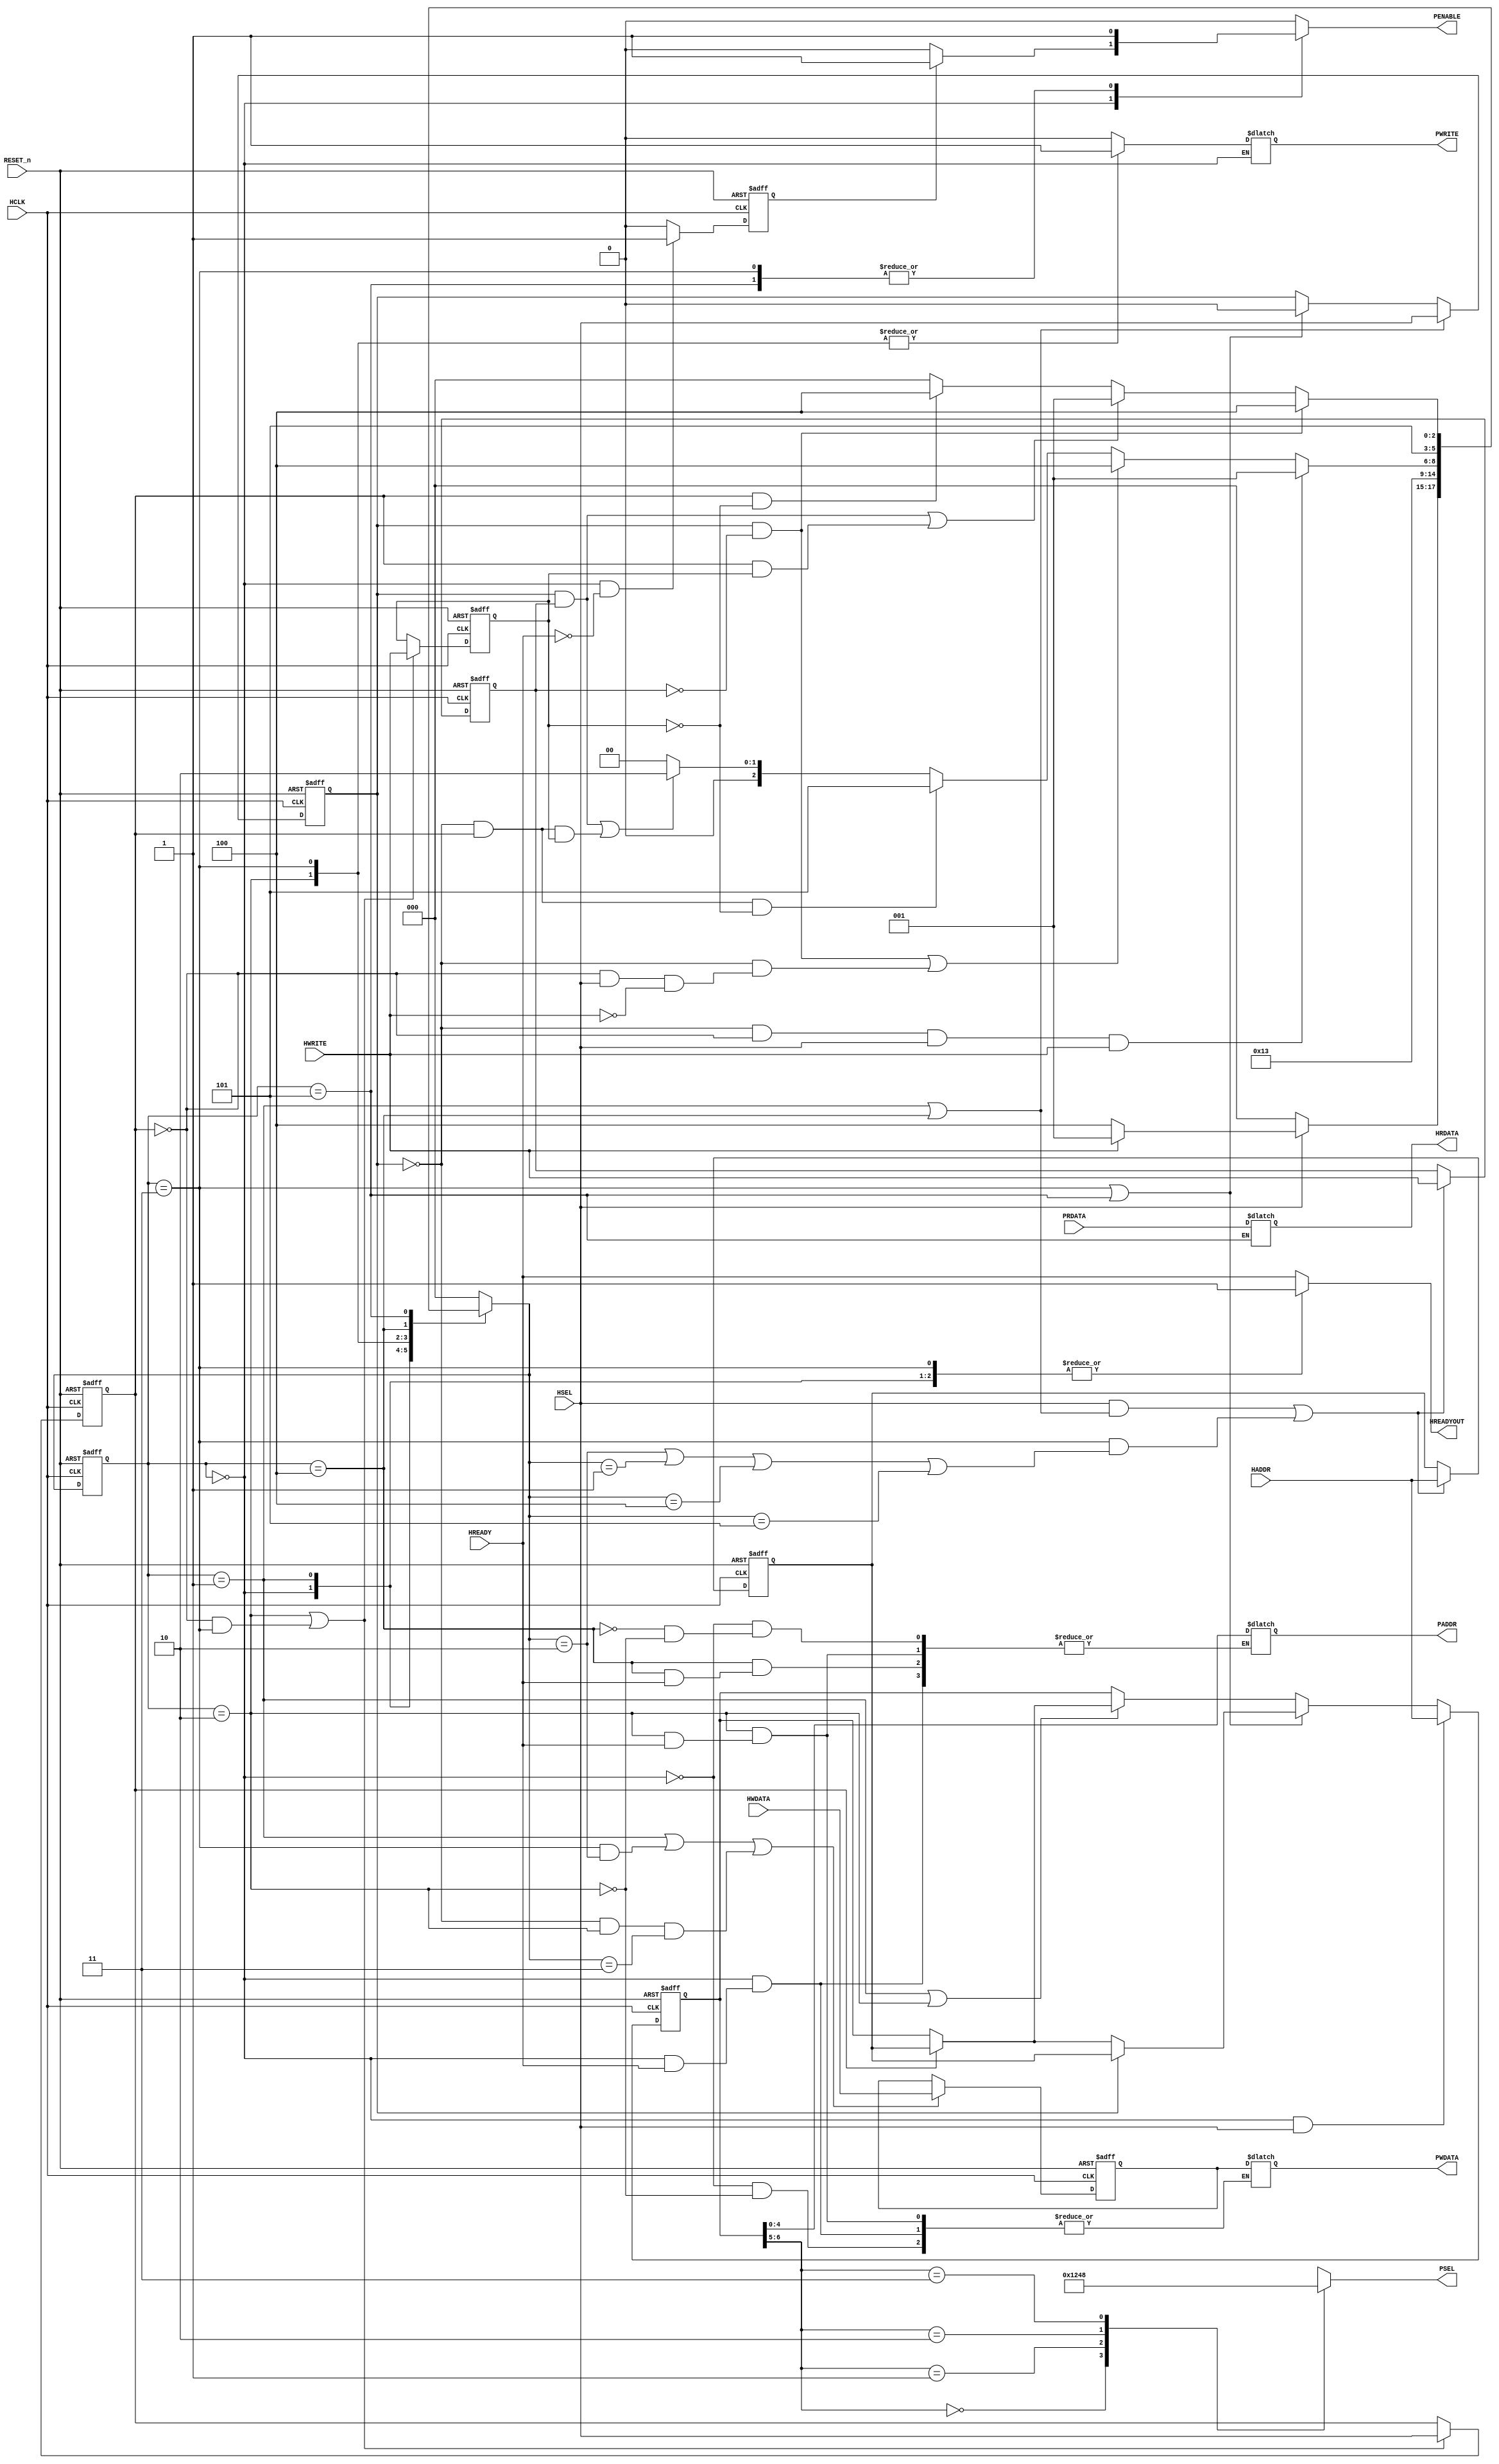
module APB_to_AHB_Bridge(HCLK,RESET_n,HSEL,HADDR,HWRITE,HREADY,HWDATA,HREADYOUT,HRDATA,PSEL,PADDR,PENABLE,PWRITE,PWDATA,PRDATA);

    // -------------------------------- Inputs/Outputs/reg/localparam Declarations -------------------------------- //

    // States:
    localparam IDLE = 3'b000;
    localparam WAIT = 3'b001;
    localparam WRITE_SETUP = 3'b010;
    localparam WRITE_ENABLE =  3'b011;
    localparam READ_SETUP = 3'b100;
    localparam READ_ENABLE = 3'b101;

    // Inputs:
    input HCLK,RESET_n,HSEL,HWRITE,HREADY;
    input [6:0] HADDR; // (2 BITS PSEL) + (5 BITS PADDR)
    input [31:0] HWDATA, PRDATA;

    // Outputs:
    output reg HREADYOUT,PENABLE,PWRITE;
    output reg [3:0] PSEL; // OUT OF DECODER
    output reg [4:0] PADDR;
    output reg [31:0] HRDATA,PWDATA;

    // Registers:
    reg [2:0] cs,ns; // current state and next state registers
    reg [6:0] reg1; // Holds current address
    reg [6:0] reg2; // Holds new address
    reg [31:0] reg3; // Holds data
    reg reg4; // Holds new HWRITE
    reg reg5; // Holds new HSEL
    reg reg6; // Holds last HSEL
    reg reg7; // Holds last HWRITE

    reg LAST_OP;


    // -------------------------------- State storage element -------------------------------- //
    always @(posedge HCLK or negedge RESET_n) begin
        if(!RESET_n)
            cs <= IDLE;
        else begin
            cs <= ns;
        end
    end

    // -------------------------------- Next state logic -------------------------------- //
    always @(*) begin
        case (cs)
            IDLE: ns = !HSEL ? IDLE : HWRITE ? WAIT : READ_SETUP;
            WAIT: ns = WRITE_SETUP;
            WRITE_SETUP: ns = WRITE_ENABLE;
            WRITE_ENABLE: begin // -- CHECK
              ns = (!reg5 && !reg6 && HSEL && HWRITE) ? WAIT : // W NOP NOP W
                   ((reg5 && !reg4) || (!reg5 && (!reg6 && HSEL && !HWRITE))) ? READ_SETUP : // (new Hsel = 1 and new HWrite = 0 -> W R) OR (W NOP NOP R)
                   (!reg5 && reg6 && !reg7) ? READ_ENABLE : // W NOP R
                   ((reg5 && reg4) || (!reg5 && reg6 && reg7)) ? WRITE_SETUP : // (W W) OR (W NOP W)
                   IDLE; // (W NOP NOP NOP W) OR (W NOP NOP NOP R) OR (W NOP NOP NOP NOP...)
            end
            READ_SETUP: ns = READ_ENABLE;
            READ_ENABLE: ns = (reg5 && !reg4) ? READ_SETUP : // new HSEL = 1 and new HWRITE = 0 -> ANOTHER READ OPERATION (RR)
                              (reg5 && reg4) || (reg6 && reg7) ?  WAIT : // new HSEL = 1 and new HWRITE = 1 -> NEW WRITE OPERATION (RW) -- CHECK 2nd condition
                              (reg6 && !reg7) ? READ_SETUP : // CHECK new condition
                            IDLE;
            default: ns = IDLE;
        endcase
    end

    // -------------------------------- Output logic -------------------------------- //
    always @(*) begin
        case (cs)
            IDLE: begin
                PENABLE = 0;
                HREADYOUT = 1;
                if (LAST_OP) begin
                    PENABLE = 1;
                end
                if (!HREADY) begin // active low CHANGED HERE, added condition
                    PADDR = reg1[4:0];
                    PWDATA = reg3;
                end
            end
            READ_SETUP: begin
                if (!HREADY) // active low
                    PADDR = reg1[4:0];
                PWRITE = 0;
                PENABLE = 0;
                HREADYOUT = HREADY;
            end
            READ_ENABLE: begin
                PENABLE = 1;
                PWRITE = 0;
                HREADYOUT = 1;
                HRDATA = PRDATA;
            end
            WAIT: begin
                PENABLE = 0;
                HREADYOUT = 1;
                PWRITE = 0; // to avoid latching
            end
            WRITE_SETUP: begin
                if (!HREADY) begin // active low
                    PADDR = reg1[4:0];
                    PWDATA = reg3;
                end
                PENABLE = 0;
                PWRITE = 1;
                HREADYOUT = HREADY;
            end
            WRITE_ENABLE: begin
                PENABLE = 1;
                PWRITE = 1;
                HREADYOUT = 1;
            end
            default: begin // to avoid latching
                PENABLE = 0;
                PWRITE = 0;
                HREADYOUT = HREADY;
            end
        endcase
    end

    // -------------------------------- Temporary Registers -------------------------------- //
    // Block 1 temporary storage element
    always @(posedge HCLK or negedge RESET_n) begin
        if (!RESET_n) begin
            reg1 <= 0;
        end
        else if ((cs == IDLE ) && HSEL) begin
            reg1 <= HADDR;
        end
        // Moving between registers
        else if ((cs == WRITE_ENABLE) || (cs == READ_ENABLE)) begin
                if (reg5) // if new HSEL = 1
                    reg1 <= reg2; // Move address from reg2 to current address
                else if(reg6)
                    reg1 <= reg2;
            end
        else if ((cs == WAIT) || (cs == WRITE_SETUP)) begin
                if(reg6)
                    reg1 <= reg2;
            end
    end

    // Block 2 temporary storage element
    always @(posedge HCLK or negedge RESET_n) begin
        if (!RESET_n) begin
            reg2 <= 0;
            reg3 <= 0;
            reg4 <= 0;
            reg5 <=0;
        end
        else begin
            // Register holding new address -- CHECK
            if ((HSEL && ((cs == WAIT) || (cs == READ_SETUP))) || (cs == WRITE_ENABLE && ((ns == WRITE_SETUP) || (ns == WAIT) || (ns == READ_SETUP) || (ns == READ_ENABLE)))) begin
                reg2 <= HADDR;
            end
            // Register holding data CHANGED HERE
            if ((cs == WAIT) || (cs == WRITE_ENABLE && ns == WRITE_SETUP) || (!reg5 && (cs == WRITE_SETUP) && (ns == WRITE_ENABLE))) begin
                reg3 <= HWDATA;
            end
            // Register holding new HWRITE
            if ((HSEL && ((cs == WAIT) || (cs == READ_SETUP))) || (cs == WRITE_ENABLE && ((ns == WRITE_SETUP) || (ns == WAIT) || (ns == READ_SETUP) || (ns == READ_ENABLE)))) begin
                reg4 <= HWRITE;
            end
            // Register holding new HSEL
            if ((cs == WAIT) || (cs == READ_SETUP) ) begin
                reg5 <= HSEL;
            end
            else if((cs == READ_ENABLE) || (cs == WRITE_ENABLE)) // CHANGED HERE Added condition
                reg5 <= 0;
        end
    end

    // Block 3 temporary storage element
    always @(posedge HCLK or negedge RESET_n) begin
        if (!RESET_n) begin
            reg6 <= 0;
            reg7 <= 0;
        end
        else begin
            // Register holding last HSEL and Register holding last HWRITE
            if ((cs == WRITE_SETUP) || (!reg6 && cs == WRITE_ENABLE)) begin
                reg6 <= HSEL;
                reg7 <= HWRITE;
            end
        end
    end

    // to handle last operation before going to IDLE
    always @(posedge HCLK or negedge RESET_n) begin
        if (!RESET_n)
            LAST_OP = 0;
        else if((cs == IDLE) && !HREADY)
            LAST_OP <= 1;
        else
            LAST_OP <= 0;
    end

    // -------------------------------- Decoder for PSEL output (depends on 2 MSB from HADDR by master) -------------------------------- //
    always @(*) begin
        case (reg1[6:5]) // current address
            2'b00: PSEL = 4'b0001;
            2'b01: PSEL = 4'b0010;
            2'b10: PSEL = 4'b0100;
            2'b11: PSEL = 4'b1000;
        endcase
    end



endmodule